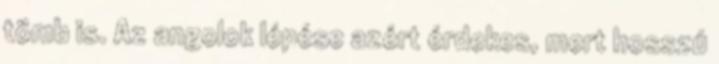
tömb is. Az angolok lépése azért érdekes, mert hosszú